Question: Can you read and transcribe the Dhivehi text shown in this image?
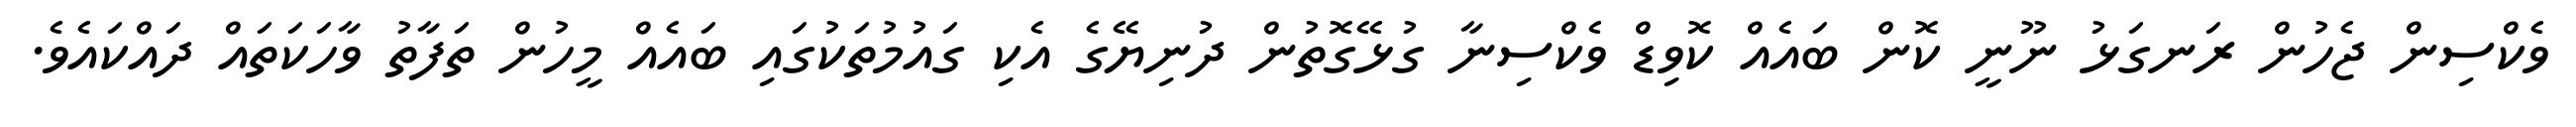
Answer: ވެކްސިން ޖެހުން ރަނގަޅު ނޫނީ ކޮން ބައެއް ކޮވިޑް ވެކްސިނާ ގުޅޭގޮތުން ދުނިޔޭގެ އެކި ގައުމުތަކުގައި ބައެއް މީހުން ތަފާތު ވާހަކަތައް ދައްކައެވެ.